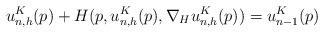
LaTeX: \begin{align*}u^K_{n, h}(p)+H(p, u^K_{n, h}(p), \nabla_H u^K_{n, h}(p))=u^K_{n-1}(p) \end{align*}